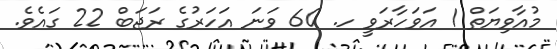
މުއާވިޔަތް 1 އަވަހާރަވީ ހ. 60 ވަނަ އަހަރުގެ ރަޖަބް 22 ގައެވެ.